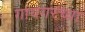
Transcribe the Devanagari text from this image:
गायगरच्या